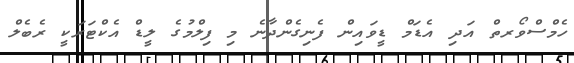
ހެމްސްވޯރތް އަދި އެޑަމް ޑީވައިން ފެނިގެންދާނެ މި ފިލްމުގެ ލީޑް އެކްޓަރަކީ ރެބެލް